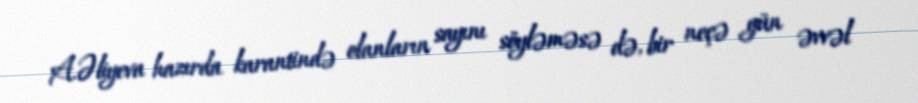
A.Əliyeva hazırda karantində olanların sayını söyləməsə də, bir neçə gün əvvəl